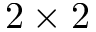
2 \times 2